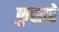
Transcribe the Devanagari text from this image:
फुसारे